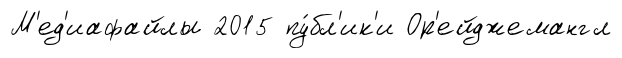
М'ед'иафайлы 2015 пу́бл'ик'и Ор'ейджемангл